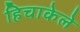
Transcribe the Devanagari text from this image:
हिचाकेले